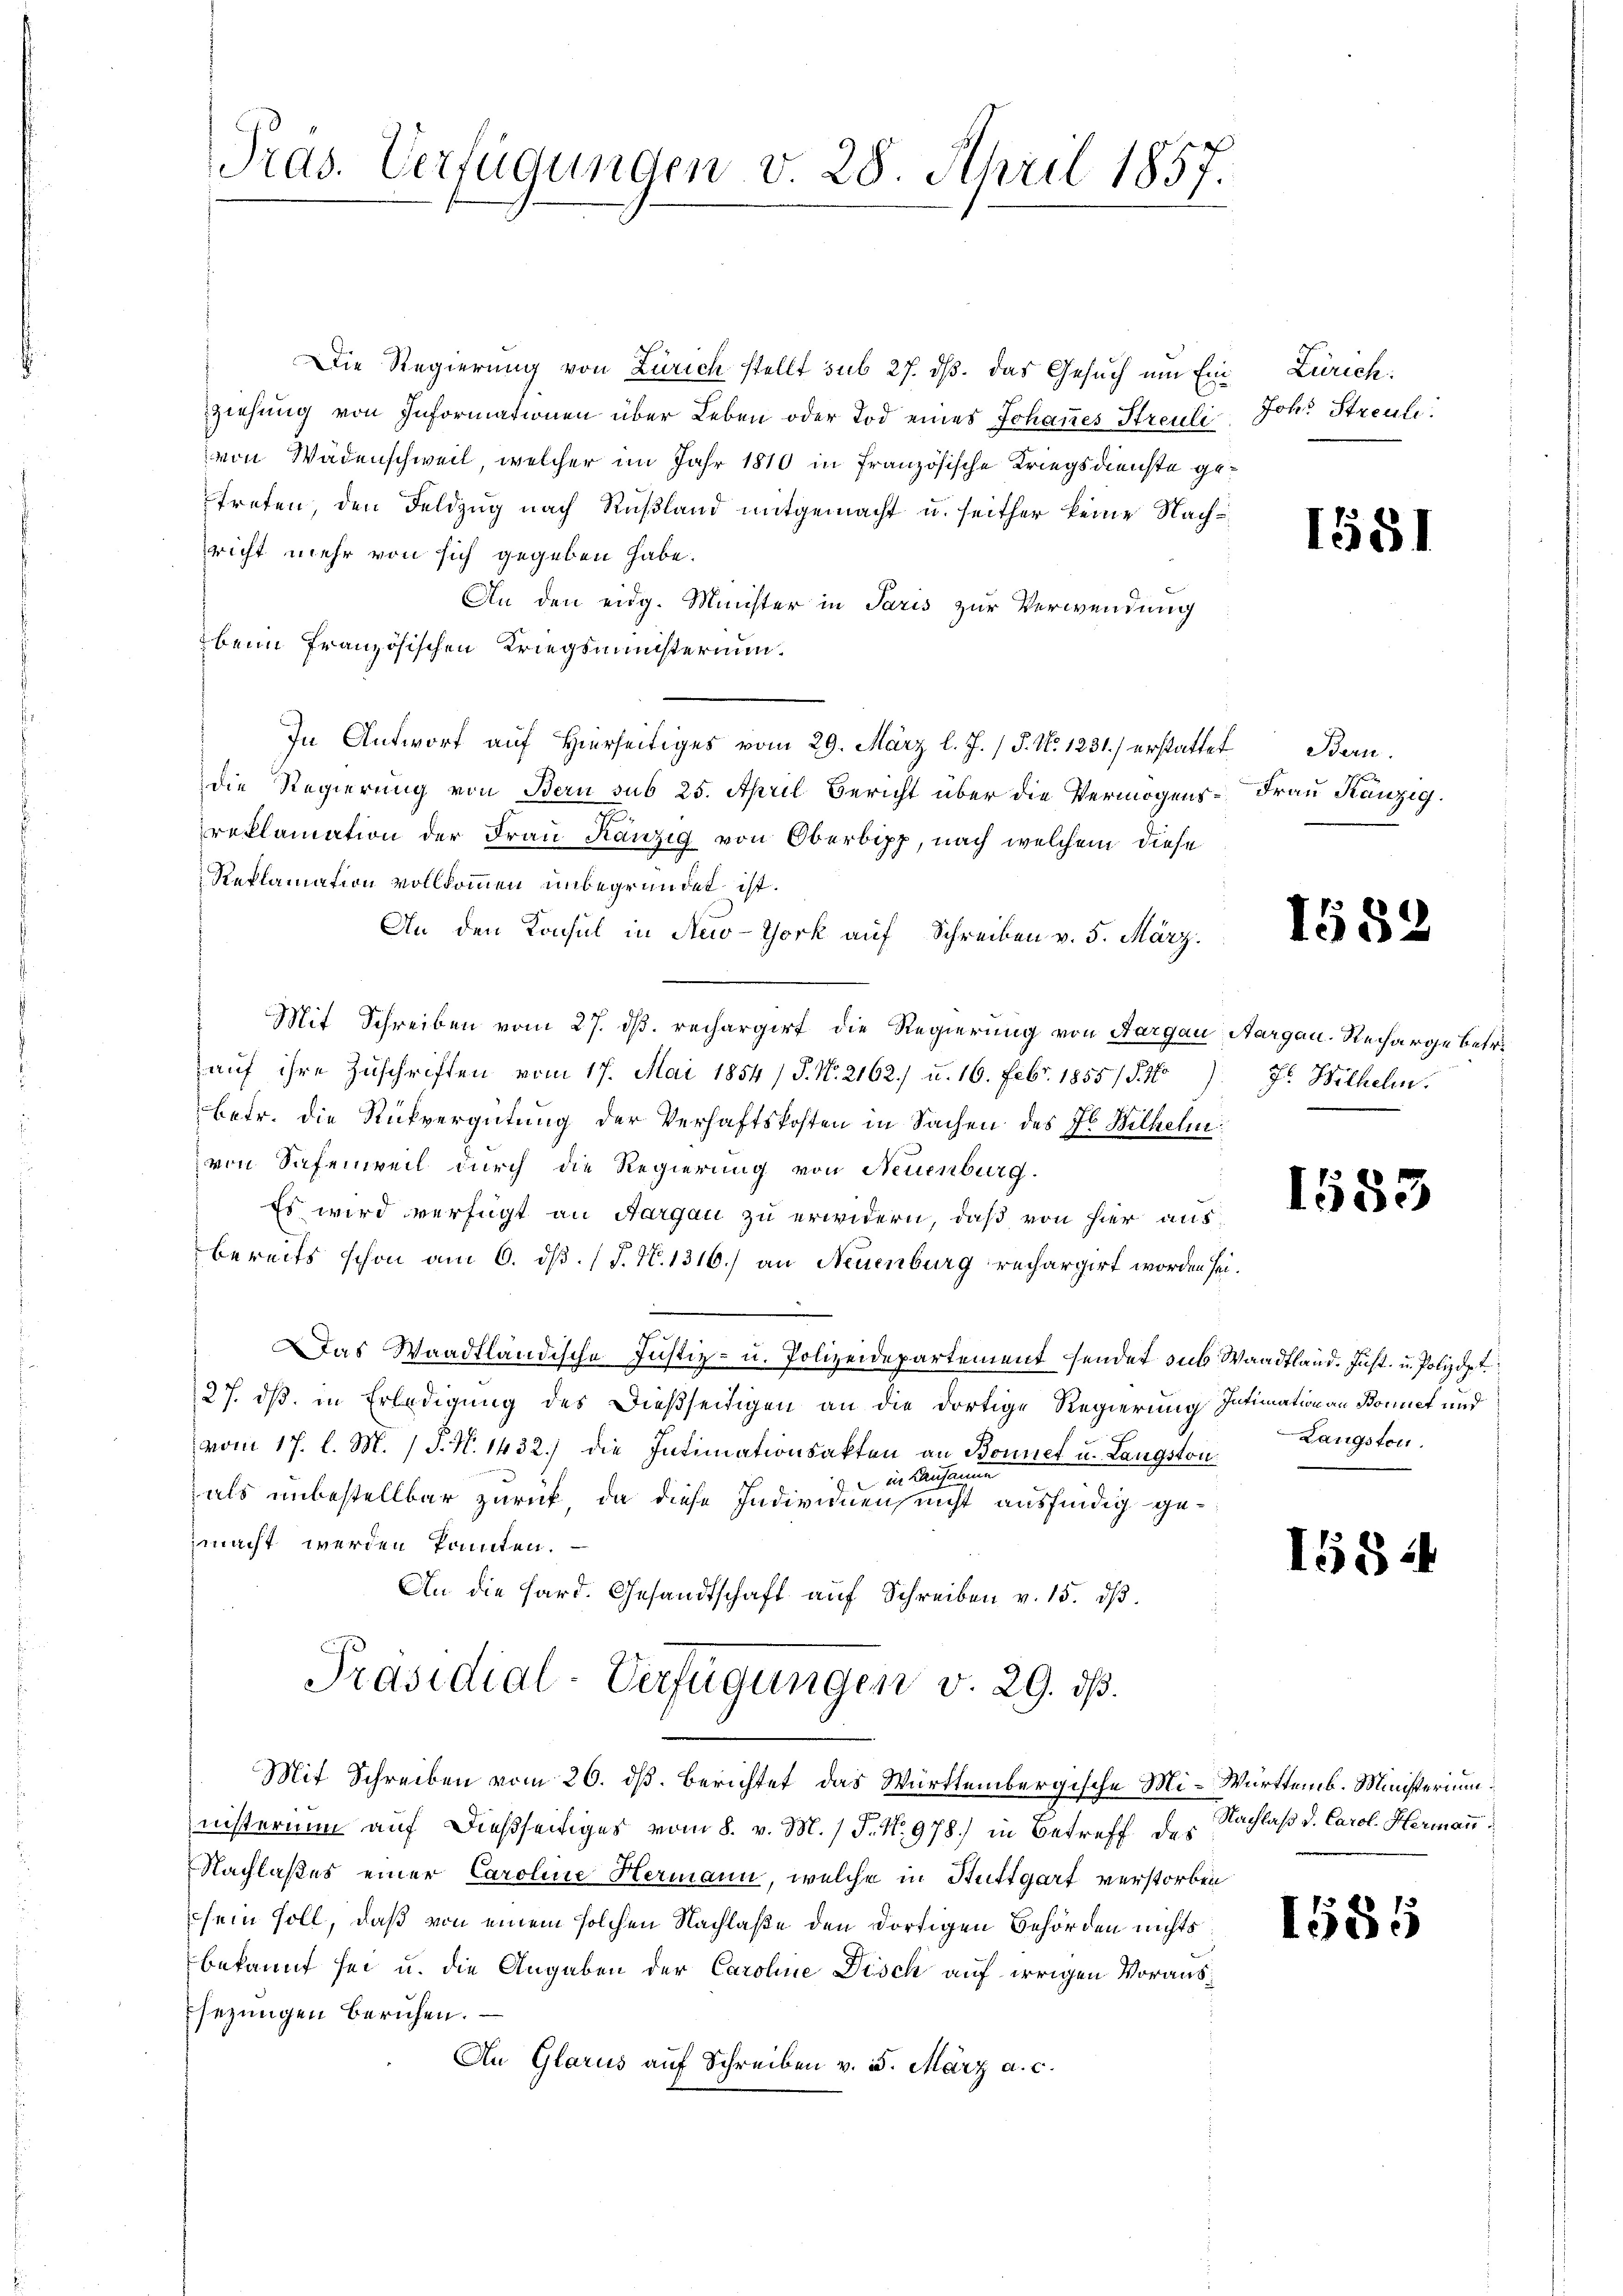
Präs. Verfügungen v. 28. April 1857.

Die Regierung von Zürich stellt sub 27. ds. das Gesuch um Einziehung von Informationen über Leben oder Tod eines Johannes Streuli
von Wädenschweil, welcher im Jahr 1810 in Französische Kriegsdienste getreten, den Feldzug nach Rußland mitgemacht u. seither keine Nachricht mehr von sich gegeben habe.
An den eidg. Minister in Paris zur Verwendung
beim französischen Kriegsministerium.
In Antwort auf Hierseitiges vom 29. März l. J. (T. No 1231) erstattet Bern.
die Regierung von Bern sub 25. April Bericht über die Vermögens- Frau Känzig.
reklamation der Frau Kanzig von Oberbipp, nach welchem diese
Reklamation vollkommen unbegründet ist.
An den Konsul in New-York auf Schreiben v. 5. März.
Mit Schreiben vom 27. ds. rechargirt die Regierung von Aargau, Aargau. Recharge betr.
auf ihre Zuschriften vom 17. Mai 1854 / P. Nr. 2162./ u. 16. Febr. 1855/ §. 16
betr. die Rückvergütung der Verhaftskosten in Sachen des Hr. Wilhelm
von Safenweil durch die Regierung von Neuenburg.
Es wird verfügt an Aargau zu erwidern, daß von hier aus,
bereits schon am 6. dß. (T. N. 1316) an Neuenburg rechargirt worden sei.
Das Waadtländische Justiz- u. Polizeidepartement sendet sub Waadtland. Just- u. Polizdpt.
27. dß in Erledigung des Dießseitigen an die dortige Regierung Intimation an Donnet und
vom 17. l. M. / P. Nr. 1432.) die Intimationsakten an Bonnet u. Langston
 in Kausanne
als unbestellbar zurück, da diese Individuen, nicht ausfindig gezmacht werden konnten.
An die Hard. Gesandtschaft aŭf Schreiben v. 15. dβ.
Präsidial-Verfügungen v. 29. ds.
Mit Schreiben vom 26. ds. berichtet das Württembergische Mi-Württemb. Ministerium.
nisterium auf dießseitiges vom 8. v. M. / 5. No. 978) in Betreff des Nachlaß d. Carol. Hermann
Nachlaßes einer Caroline Hermann, welche in Stuttgart verstorben
sein soll, daß von einem solchen Nachlaße den dortigen Behörden nichts
bekannt sei u. die Angaben der Caroline Disch auf irrigen Voraus¬
Esezungen beruhen.
An Glarus auf Schreiben v. 3. März a. c.

Zürich.
Johs. Streuli

1581

1582

7. Wilhelm.

1553

Langston.

I554

1585